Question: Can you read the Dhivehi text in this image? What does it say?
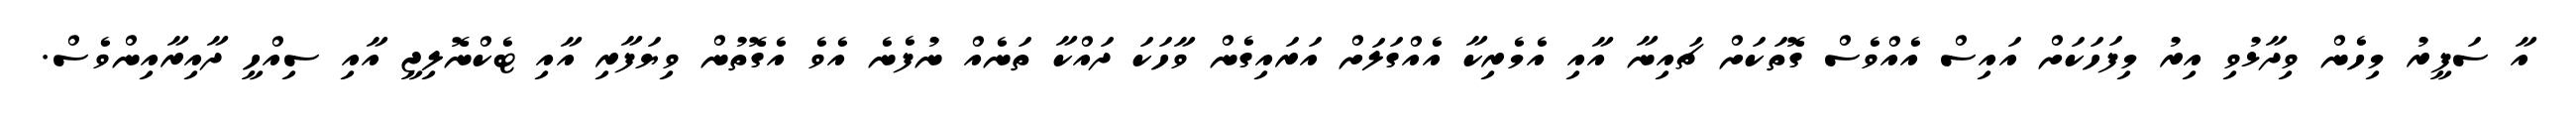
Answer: އާ ސަފީރު މިހެން ވިދާޅުވި އިރު މިފަހަކަށް އައިސް އެއްވެސް ގޮތަކަށް ޗައިނާ އާއި އެމެރިކާ އެއްގަލަށް އަރައިގެން ވާހަކަ ދައްކާ ތަނެއް ނުފެނެ އެވެ އެގޮތުން ވިޔަފާރި އާއި ޓެކްނޮލިޖީ އާއި ސިއްހީ ދާއިރާއިންވެސް.